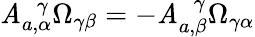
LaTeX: \mathit{A}_{a,\alpha}^{~~~\gamma}\Omega_{\gamma\beta}=-\mathit{A}_{a,\beta}^{~~~\gamma}\Omega_{\gamma\alpha}